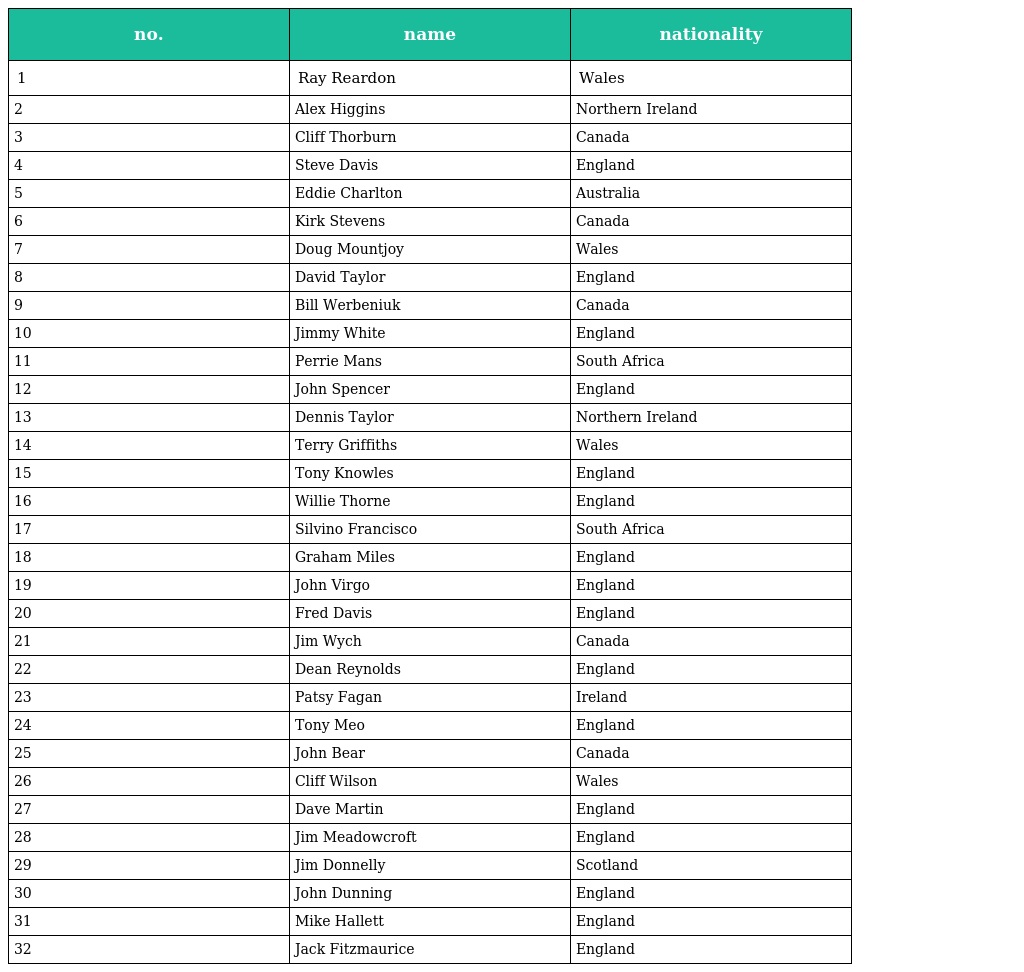
| no. | name | nationality |
 | --- | --- | --- |
 | 1 | Ray Reardon | Wales |
 | 2 | Alex Higgins | Northern Ireland |
 | 3 | Cliff Thorburn | Canada |
 | 4 | Steve Davis | England |
 | 5 | Eddie Charlton | Australia |
 | 6 | Kirk Stevens | Canada |
 | 7 | Doug Mountjoy | Wales |
 | 8 | David Taylor | England |
 | 9 | Bill Werbeniuk | Canada |
 | 10 | Jimmy White | England |
 | 11 | Perrie Mans | South Africa |
 | 12 | John Spencer | England |
 | 13 | Dennis Taylor | Northern Ireland |
 | 14 | Terry Griffiths | Wales |
 | 15 | Tony Knowles | England |
 | 16 | Willie Thorne | England |
 | 17 | Silvino Francisco | South Africa |
 | 18 | Graham Miles | England |
 | 19 | John Virgo | England |
 | 20 | Fred Davis | England |
 | 21 | Jim Wych | Canada |
 | 22 | Dean Reynolds | England |
 | 23 | Patsy Fagan | Ireland |
 | 24 | Tony Meo | England |
 | 25 | John Bear | Canada |
 | 26 | Cliff Wilson | Wales |
 | 27 | Dave Martin | England |
 | 28 | Jim Meadowcroft | England |
 | 29 | Jim Donnelly | Scotland |
 | 30 | John Dunning | England |
 | 31 | Mike Hallett | England |
 | 32 | Jack Fitzmaurice | England |